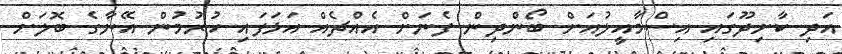
އަދި ކާށިދޫގައި އިސްމާއީލުއަށް ބޯންދިން ފެނަށް އެއްޗެއް އަޅަފައި ހުރުމުން އޭނާގެ ބޮލަށް